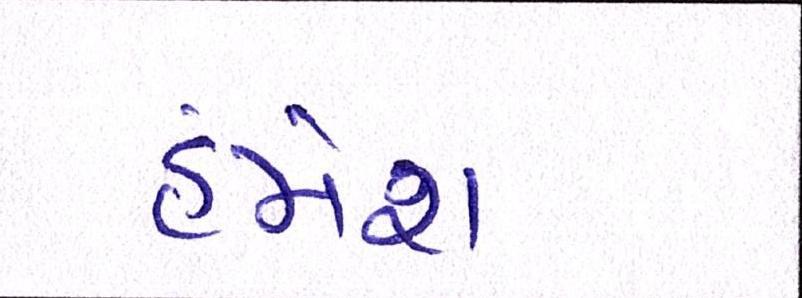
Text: હંમેશા